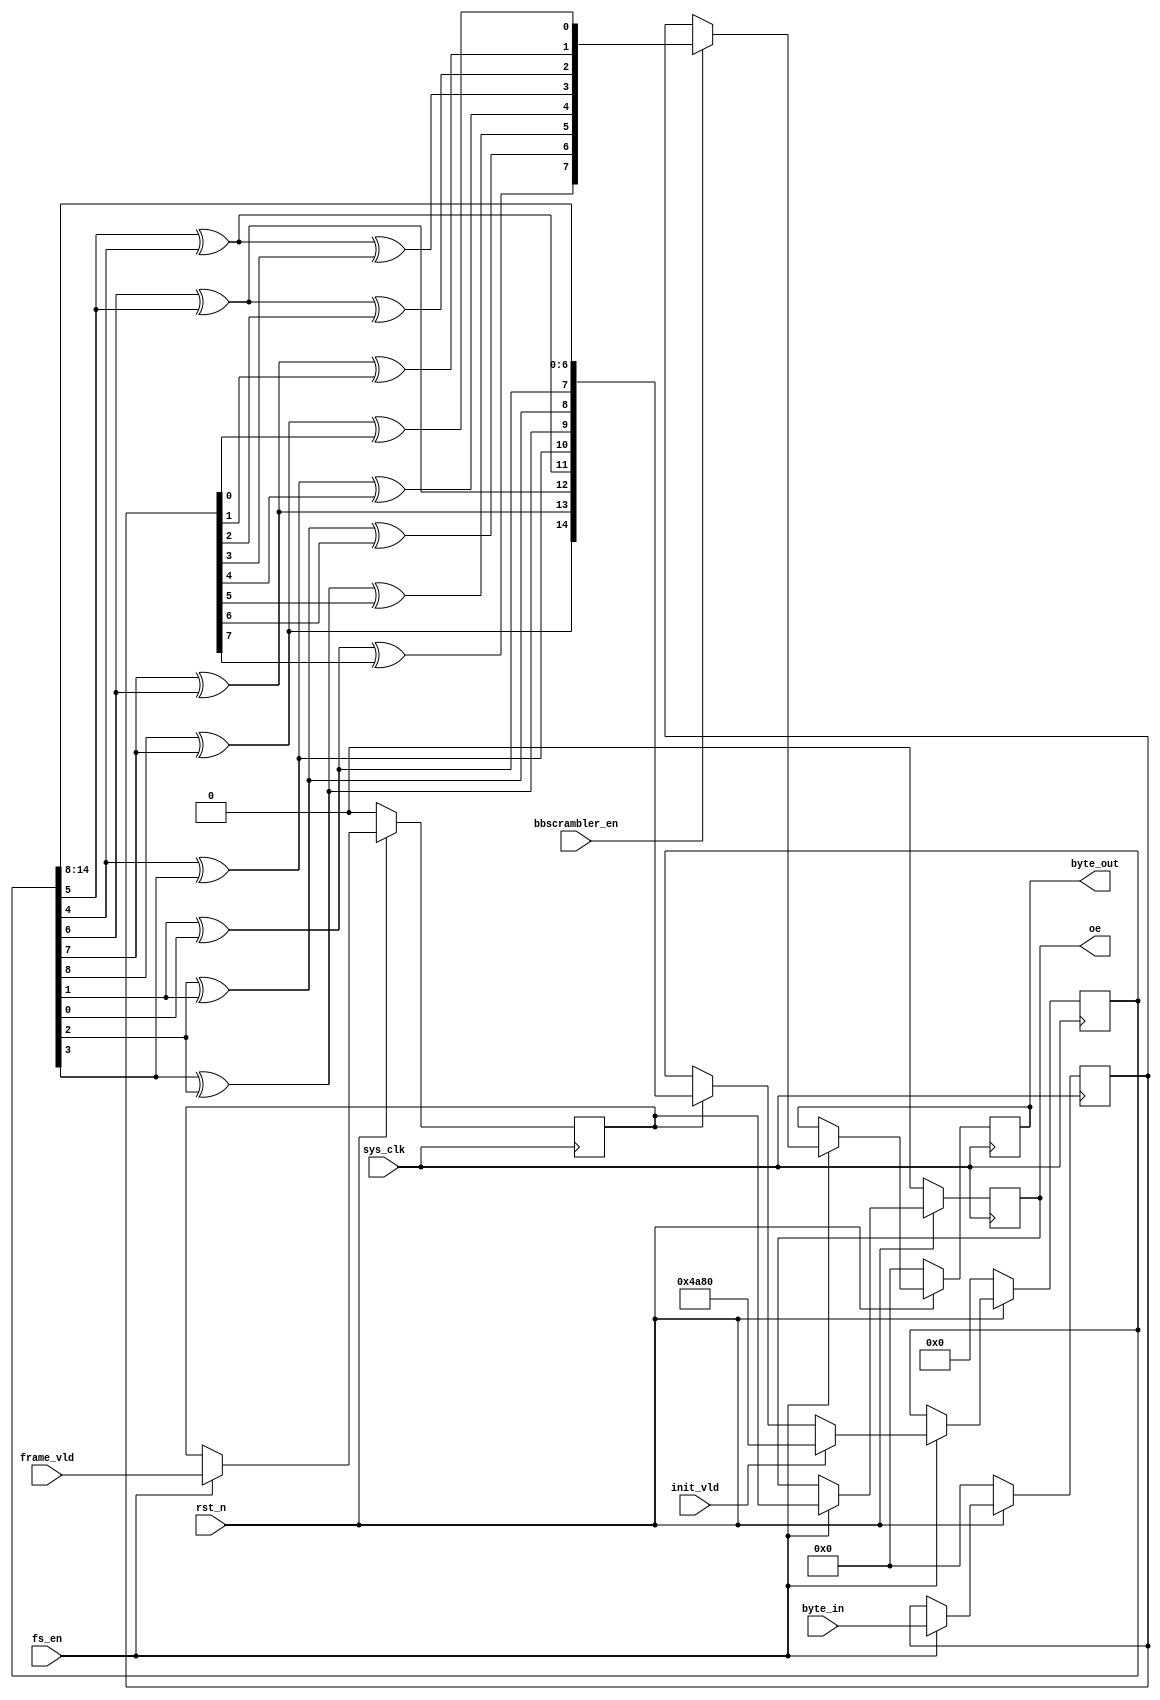
`timescale 1ns / 1ps
module bbscrambler(
input	          							sys_clk,
input											fs_en,
input	          							rst_n,
input											bbscrambler_en,
//////////////////////////////////////////////////////////////
input	          							init_vld,
input	          							frame_vld,
input   			 		[7:0]     		byte_in,
//////////////////////////////////////////////////////////////
output  reg  								oe,
output  reg  			   	[7:0]     		byte_out
//////////////////////////////////////////////////////////////
);

parameter reg_init_val = 15'b100101010000000;

//parameter reg_init_val = 15'b000000010101001;

reg											frame_vld_1dly_reg;
reg							[7:0]			byte_in_1dly_reg;
reg							[14:0]			scramble_reg;


always @(posedge sys_clk)begin
	if(~rst_n)begin
		scramble_reg            <= 15'b000000000000000;
	end
	else if(fs_en == 1'b1)begin
		if(init_vld == 1'b1)begin
			scramble_reg            <= reg_init_val;
		end
		else if(frame_vld_1dly_reg == 1'b1)begin
			scramble_reg			<= {scramble_reg[8]^scramble_reg[7],scramble_reg[7]^scramble_reg[6],scramble_reg[6]^scramble_reg[5],scramble_reg[5]^scramble_reg[4],scramble_reg[4]^scramble_reg[3],scramble_reg[3]^scramble_reg[2],scramble_reg[2]^scramble_reg[1],scramble_reg[1]^scramble_reg[0],scramble_reg[14:8]};
		end
	end
	else begin
	end
end


always @(posedge sys_clk)begin
	if(~rst_n)begin
		byte_in_1dly_reg <= 8'b00000000;
		frame_vld_1dly_reg <= 1'b0;
	end
	else if(fs_en == 1'b1)begin
		byte_in_1dly_reg <= byte_in;
		frame_vld_1dly_reg <= frame_vld;
	end
	else begin
	end
end

always @(posedge sys_clk)begin
	if(~rst_n)begin
		byte_out <= 8'b00000000;
		oe <= 1'b0;
	end
	else if(fs_en == 1'b1)begin
		if(bbscrambler_en) begin
			byte_out <= {scramble_reg[1]^scramble_reg[0]^byte_in_1dly_reg[7],scramble_reg[2]^scramble_reg[1]^byte_in_1dly_reg[6],scramble_reg[3]^scramble_reg[2]^byte_in_1dly_reg[5],scramble_reg[4]^scramble_reg[3]^byte_in_1dly_reg[4],scramble_reg[5]^scramble_reg[4]^byte_in_1dly_reg[3],scramble_reg[6]^scramble_reg[5]^byte_in_1dly_reg[2],scramble_reg[7]^scramble_reg[6]^byte_in_1dly_reg[1],scramble_reg[8]^scramble_reg[7]^byte_in_1dly_reg[0]};
			oe <= frame_vld_1dly_reg;
		end
		else begin
			byte_out <= byte_in_1dly_reg;
			oe <= frame_vld_1dly_reg;
		end
	end
	else begin
	end
end


endmodule